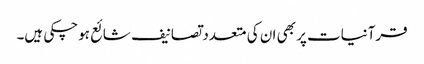
قرآنیات پر بھی ان کی متعدد تصانیف شائع ہوچکی ہیں۔